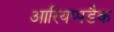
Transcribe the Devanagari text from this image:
आरियप्पडैक